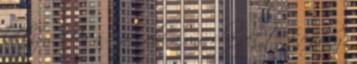
lelkizni. Ha a srác, aki a városba jött, tényleg